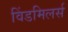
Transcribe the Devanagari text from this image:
विंडमिलर्स